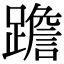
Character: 䠨